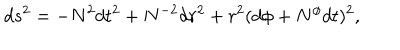
LaTeX: d s ^ { 2 } = - N ^ { 2 } d t ^ { 2 } + N ^ { - 2 } d r ^ { 2 } + r ^ { 2 } ( d \phi + N ^ { \phi } d t ) ^ { 2 } ,